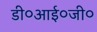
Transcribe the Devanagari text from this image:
डी०आई०जी०